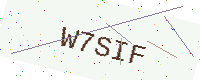
Text: W7SIF